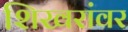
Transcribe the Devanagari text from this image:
शिखरांवर